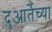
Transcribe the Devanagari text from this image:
दुआर्तेच्या